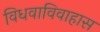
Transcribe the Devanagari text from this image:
विधवाविवाहास